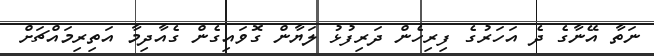
ނަތާ އޭނާގެ ދެ އަހަރުގެ ފިރިހެން ދަރިފުޅު ލަޔާން ގޮވައިގެން ގެއާދިމާ އަތިރިމައްޗަށް